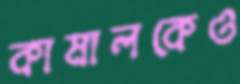
কামালকেও